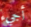
أجيء